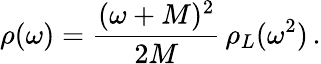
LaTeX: \rho(\omega)=\frac{(\omega+M)^{2}}{2M}\, \rho_{L}(\omega^{2})\, .